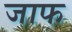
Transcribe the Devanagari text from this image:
जाफ